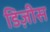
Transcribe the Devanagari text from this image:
डिज़ीस